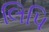
લિપિ